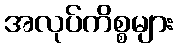
အလုပ်ကိစ္စများ